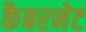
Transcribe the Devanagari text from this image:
कैबरनेट